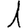
Digit: 1